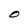
Character: O